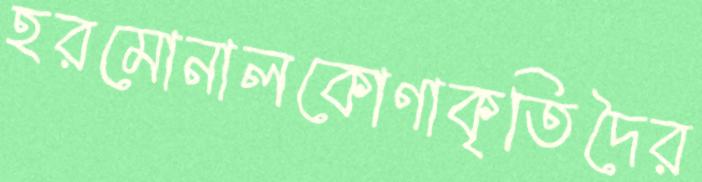
হরমোনালকোণাকৃতিদৈর